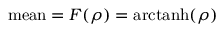
{ \mathrm { m e a n } } = F ( \rho ) = \operatorname { a r c t a n h } ( \rho )